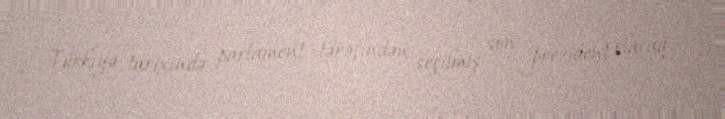
Türkiyə tarixində parlament tərəfindən seçilmiş son prezident olacaq.